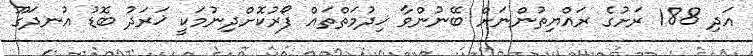
އަދި 188 ރަށުގެ ރައްޔިތުންނަށް ބޭނުންވާ ޚިދުމަތްތައް ފޯރުކޮށްދިނުމަކީ ޚަރަދު ބޮޑު އުނދަގޫ